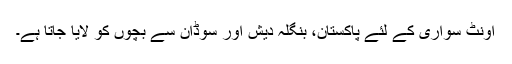
اونٹ سواری کے لئے پاکستان، بنگلہ دیش اور سوڈان سے بچوں کو لایا جاتا ہے۔